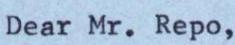
Dear Mr. Repo,